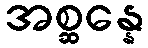
အစ္ဆန္နေ